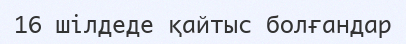
16 шілдеде қайтыс болғандар